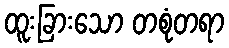
ထူးခြားသော တစုံတရာ